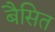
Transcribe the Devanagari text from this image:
बैसित